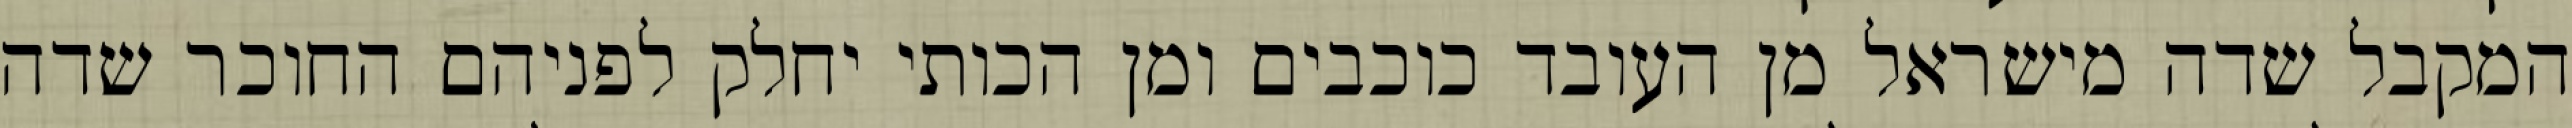
המקבל שדה מישראל מן העובד כוכבים ומן הכותי יחלק לפניהם החוכר שדה